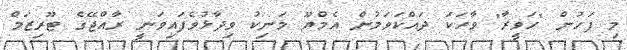
މި ފަހުން "ހަވީރާ" ވާހަކަ ދައްކަވަމުން އެމްޔޫ މަނިކު ވިދާޅުވެފައިވަނީ ރާއްޖޭގެ ޓޫރިޒަމް